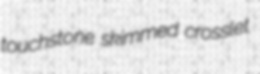
touchstone skimmed crosslet